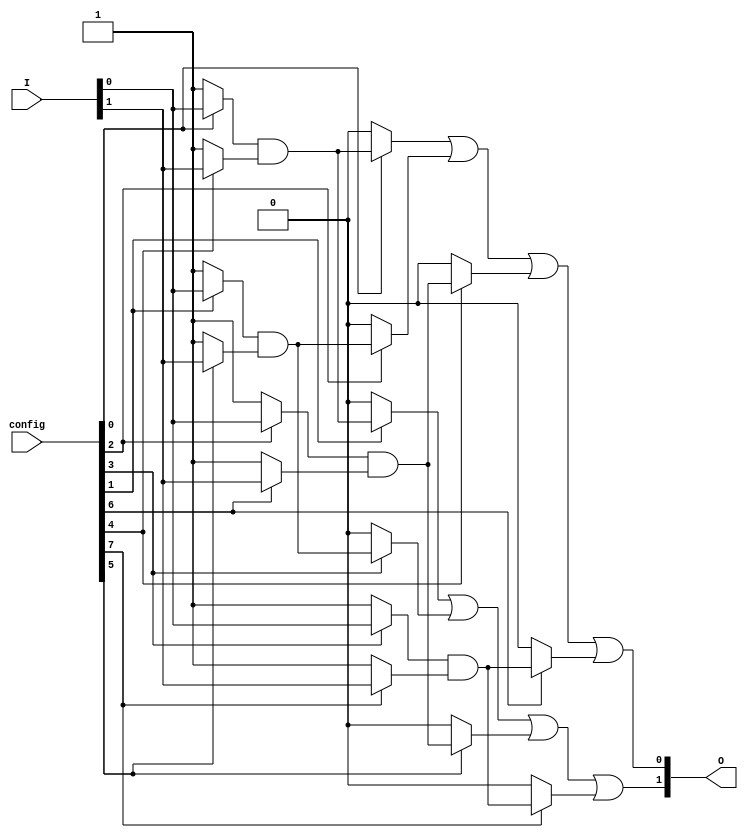
module GAL (
    input wire [N-1:0] I,      // Input lines (N inputs)
    output wire [M-1:0] O,     // Output lines (M outputs)
    input wire [P-1:0] config   // Configuration memory (P bits for programming)
);

// Parameters
parameter N = 4; // Number of input lines
parameter M = 2; // Number of output lines
parameter K = 4; // Number of AND gates
parameter P = 8; // Configuration bits

// Internal signals
wire [K-1:0] and_out; // Outputs from AND gates
wire [M-1:0] or_out;   // Outputs from OR gates

// AND Plane
genvar i, j;
generate
    for (i = 0; i < K; i = i + 1) begin : and_plane
        wire [N-1:0] and_inputs;
        assign and_inputs = {I[N-1], I[N-2], I[N-3], I[N-4]}; // Example input mapping

        // Generate AND gate logic based on configuration
        assign and_out[i] = (config[i] ? and_inputs[0] : 1'b1) & // Input I0
                            (config[i + K] ? and_inputs[1] : 1'b1) & // Input I1
                            (config[i + 2*K] ? and_inputs[2] : 1'b1) & // Input I2
                            (config[i + 3*K] ? and_inputs[3] : 1'b1);   // Input I3
    end
endgenerate

// OR Plane
generate
    for (j = 0; j < M; j = j + 1) begin : or_plane
        // Generate OR gate logic based on configuration
        assign O[j] = (config[j] ? and_out[0] : 1'b0) |
                      (config[j + M] ? and_out[1] : 1'b0) |
                      (config[j + 2*M] ? and_out[2] : 1'b0) |
                      (config[j + 3*M] ? and_out[3] : 1'b0);
    end
endgenerate

endmodule